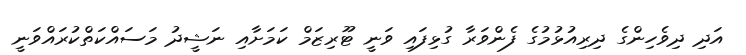
އަދި ދިވެހިންގެ ދިރިއުޅުމުގެ ފެންވަރާ ގުޅިފައި ވަނީ ޓޫރިޒަމް ކަމަށާއި ނަޝީދު މަސައްކަތްކުރައްވަނީ